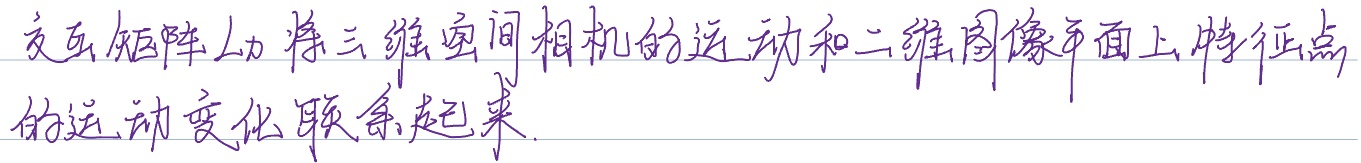
交互矩阵\(\mathcal{L}_\omega\)将三维空间相机的运动和二维图像平面上特征点的运动变化联系起来。